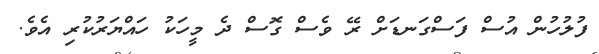
ފުލުހުން އުސް ފަސްގަނޑަށް ރޭ ވެސް ގޮސް ދެ މީހަކު ހައްޔަރުކުރި އެވެ.